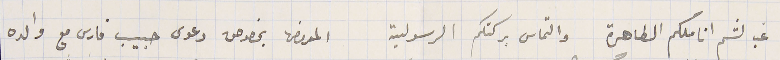
غب لثم اناملكم الطاهرة والتماس بركتكم الرسولية المعروض بخصوص دعوى حبيب فارس مع والده